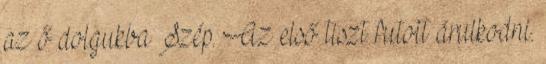
az ő dolgukba Szép. Az első tiszt futott árulkodni.